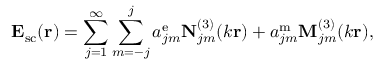
\mathbf { E } _ { \mathrm { s c } } ( \mathbf { r } ) = \sum _ { j = 1 } ^ { \infty } \sum _ { m = - j } ^ { j } a _ { j m } ^ { \mathrm { e } } \mathbf { N } _ { j m } ^ { ( 3 ) } ( k \mathbf { r } ) + a _ { j m } ^ { \mathrm { m } } \mathbf { M } _ { j m } ^ { ( 3 ) } ( k \mathbf { r } ) ,